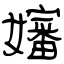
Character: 嬸